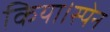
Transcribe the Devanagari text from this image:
किया।स्पेन